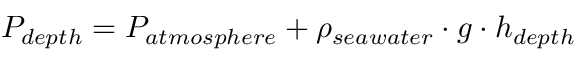
P _ { d e p t h } = P _ { a t m o s p h e r e } + \rho _ { s e a w a t e r } \cdot g \cdot h _ { d e p t h }